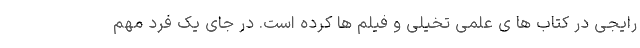
رایجی در کتاب ها ی علمی تخیلی و فیلم ها کرده است. در جای یک فرد مهم